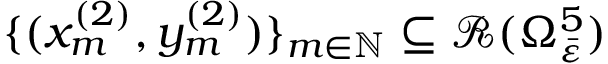
\{ ( x _ { m } ^ { ( 2 ) } , y _ { m } ^ { ( 2 ) } ) \} _ { m \in \mathbb { N } } \subseteq \mathcal { R } ( \Omega _ { \bar { \varepsilon } } ^ { 5 } )